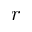
r